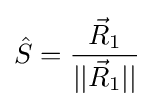
{\hat {S}}={\frac {{\vec {R}}_{1}}{||{\vec {R}}_{1}||}}